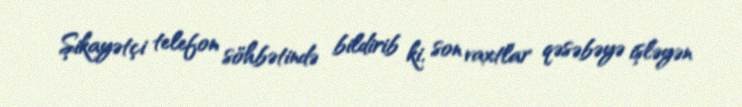
Şikayətçi telefon söhbətində bildirib ki, son vaxtlar qəsəbəyə işləyən